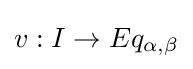
v:I\to Eq_{\alpha ,\beta }